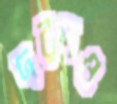
দরদও